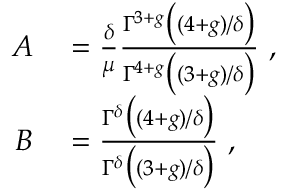
\begin{array} { r l } { A } & { { } = \frac { \delta } { \mu } \frac { \Gamma ^ { 3 + g } \big ( ( 4 + g ) / \delta \big ) } { \Gamma ^ { 4 + g } \big ( ( 3 + g ) / \delta \big ) } ~ , } \\ { B } & { { } = \frac { \Gamma ^ { \delta } \big ( ( 4 + g ) / \delta \big ) } { \Gamma ^ { \delta } \big ( ( 3 + g ) / \delta \big ) } ~ , } \end{array}